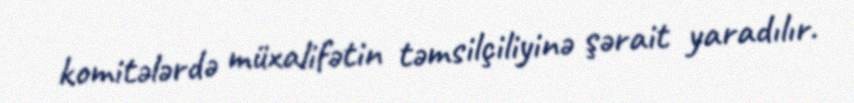
komitələrdə müxalifətin təmsilçiliyinə şərait yaradılır.